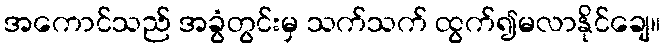
အကောင်သည် အခွံတွင်းမှ သက်သက် ထွက်၍မလာနိုင်ချေ။